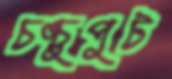
চঙ্চুপুট